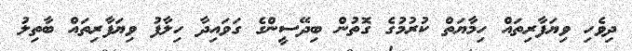
ދިވެހި ވިޔަފާރިތައް ހިމާޔަތް ކުރުމުގެ ގޮތުން ބިދޭސީންގެ ގަވައިދާ ހިލާފު ވިޔަފާރިތައް ބާތިލު